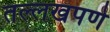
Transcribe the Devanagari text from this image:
तल्लखपणे